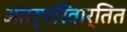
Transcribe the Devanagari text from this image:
अंतर्परिवार्तित